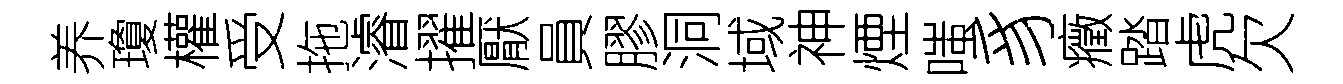
养瓊權受拖濬擢厭員膠洞域神煙嗤豸癥踏虎欠